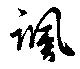
諷